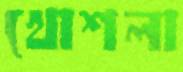
খোশলা